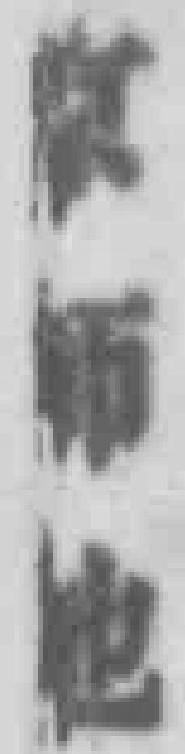
京师地